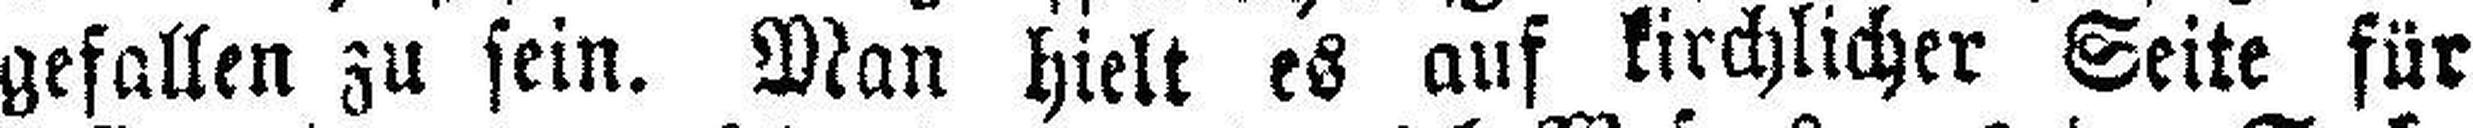
gefallen zu sein. Man hielt es auf kirchlicher Seite für